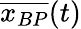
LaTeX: \overline{{x_{BP}}}(t)